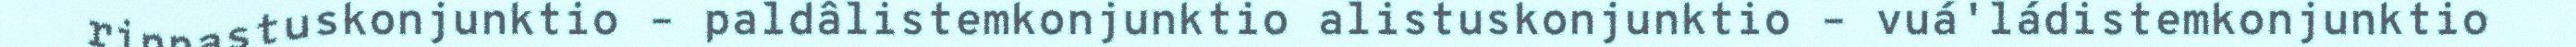
rinnastuskonjunktio – paldâlistemkonjunktio alistuskonjunktio – vuá'ládistemkonjunktio